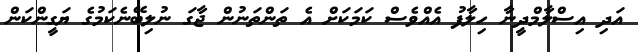
އަދި އިސްލާމްދީނާ ހިލާފު އެއްވެސް ކަމަކަށް އެ ތަންތަނުން ޖާގަ ނުލިބޭނެކަމުގެ ޔަގީންކަން